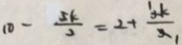
1 0 - \frac { 5 k } { 2 } = 2 + \frac { 3 k } { 3 }